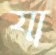
যা